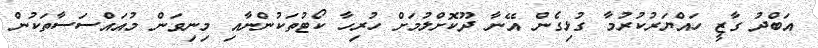
އަބްދު ގާޒީ ހައްޔަރުކުރުމާ ގުޅިގެން އޭނާ ދޫކޮށްލުމަށް ހުރިހާ ކޯޓުތަކުންނާއި މިނިވަން މުއައްސަސާތަކުން